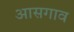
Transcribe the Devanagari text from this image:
आसगाव